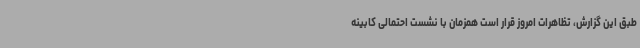
طبق این گزارش، تظاهرات امروز قرار است همزمان با نشست احتمالی کابینه